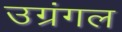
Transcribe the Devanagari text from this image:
उग्रंंगल